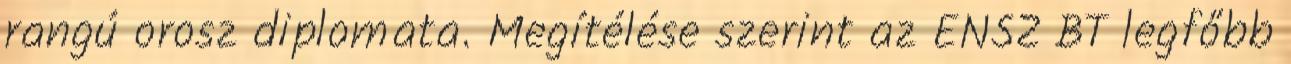
rangú orosz diplomata. Megítélése szerint az ENSZ BT legfőbb